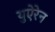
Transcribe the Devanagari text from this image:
युऐरेन